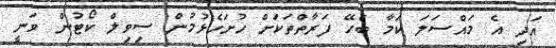
އަދި އެ މައްސަލަ ކަމާ ބެހޭ ފަރާތްތަކަށް ހުށަހެޅުމުން ސިވިލް ކޯޓުން ވަނީ